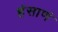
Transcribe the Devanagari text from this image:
हंसाणं